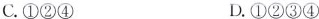
C.①②④ D.①②③④